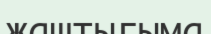
жаштыгыма